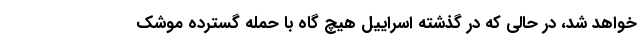
خواهد شد، در حالی که در گذشته اسراییل هیچ گاه با حمله گسترده موشک